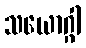
သယောဂ္ဂါ